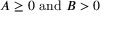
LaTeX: A \geq 0 { \mathrm { ~ a n d ~ } } B > 0